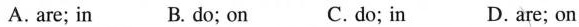
A. are; in B. do; on C. do; in D.are; on